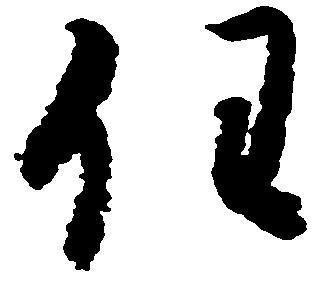
任